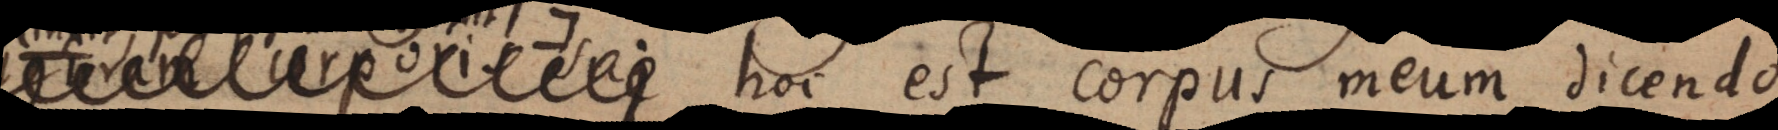
dixit:), hoc est corpus meum, dicendo,